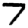
Digit: 7